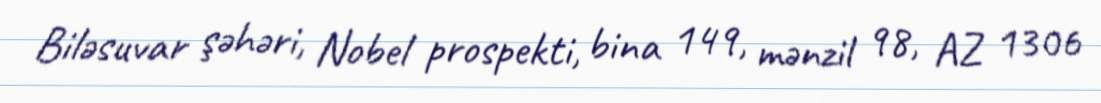
Biləsuvar şəhəri, Nobel prospekti, bina 149, mənzil 98, AZ 1306